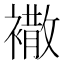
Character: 𧝠